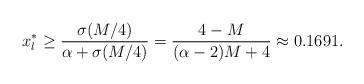
LaTeX: \begin{align*}x_l^*\geq\frac{\sigma(M/4)}{\alpha+\sigma(M/4)}=\frac{4-M}{(\alpha-2)M+4}\approx 0.1691.\end{align*}